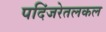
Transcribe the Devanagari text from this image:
पदिंजरेतलकल